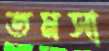
তমসা